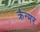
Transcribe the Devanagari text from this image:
क्रैन्मर